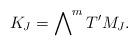
LaTeX: \begin{align*} K_J=\bigwedge\nolimits^m T'M_J.\end{align*}